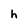
Character: h